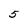
Character: 5